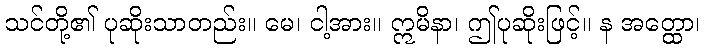
သင်တို့၏ ပုဆိုးသာတည်း။ မေ၊ ငါ့အား။ ဣမိနာ၊ ဤပုဆိုးဖြင့်။ န အတ္ထော၊